Civil Veterinary Department Bengal reports 1923-33 - 1923-1933
Year: 1923
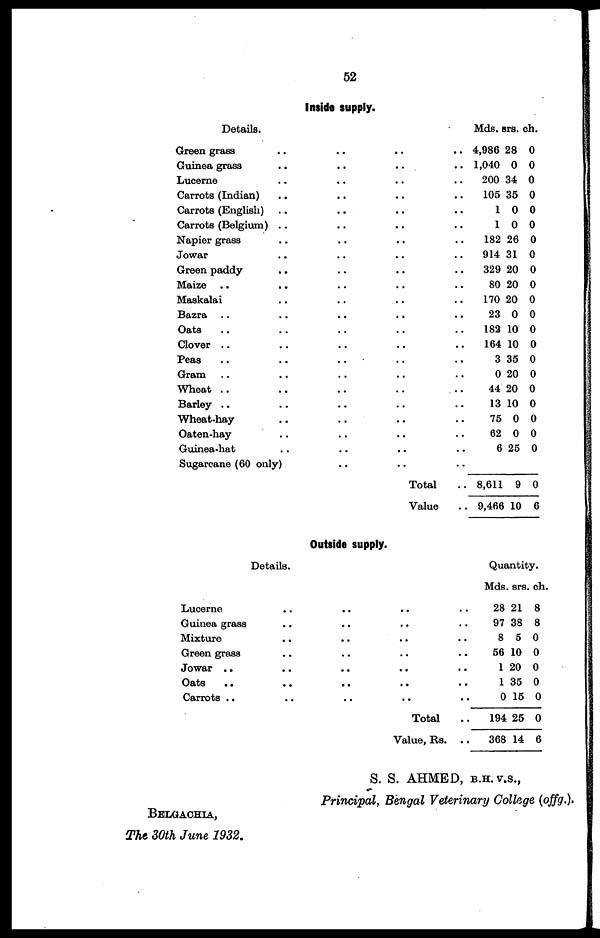
52
Inside supply.
Details.
Green grass .. .. .. ..
Guinea grass .. .. .. ..
Lucerne .. .. .. ..
Carrots (Indian) .. .. .. ..
Carrots (English) .. .. .. ..
Carrots (Belgium) .. .. .. ..
Napier grass .. .. .. ..
Jowar .. .. ..
Green paddy .. .. .. ..
Maize .. .. .. .. ..
Maskalai .. .. .. ..
Bazra .. .. .. ..
Oats .. .. .. .. ..
Clover .. .. .. .. ..
Peas .. .. .. .. ..
Gram .. .. .. .. ..
Wheat .. .. .. .. ..
Barley .. .. .. .. ..
Wheat-hay .. .. .. ..
Oaten-hay .. .. .. ..
Guinea-hat .. .. .. ..
Sugarcane (60 only) .. .. ..
Total ..
Value ..
Mds. s
4,986
1,040
200
105
1
1
182
914
329
80
170
23
182
164
3
0
44
13
75
62
6
8,611
9,466
ars
28
0
34
35
0
0
26
31
20
20
20
0
10
10
35
20
20
10
0
0
25
9
10
ch.
0
0
0
0
0
0
0
0
0
0
0
0
0
0
0
0
0
0
0
0
0
0
6
Outside supply.
Details.
Lucerne .. .. .. ..
Guinea grass .. .. .. ..
Mixture .. .. .. ..
Green grass .. .. .. ..
Jowar .. .. .. .. ..
Oats .. .. .. .. ..
Carrots .. .. .. .. ..
Total ..
Value, Rs. ..
Qua
ntit
y.
Mds.
28
97
8
56
1
1
0
194
368
srs.
21
38
5
10
20
35
15
25
14
ch.
8
8
0
0
0
0
0
0
6
S. S. AHMED, b.h.v.s.,
Principal, Bengal Veterinary College (offg.).
Belgachia,
The 30th June 1932.